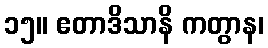
၁၅။ ဧတာဒိသာနိ ကတွာန၊